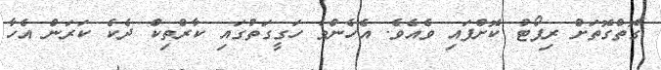
ގޮތްގޮތަށް ރިޕޯޓު ކޮށްފައި ވެއެވެ. އެހެންވެ ހަގީގަތުގައި ކާރްތިކް ދެކެ ކަރަން އެހާ